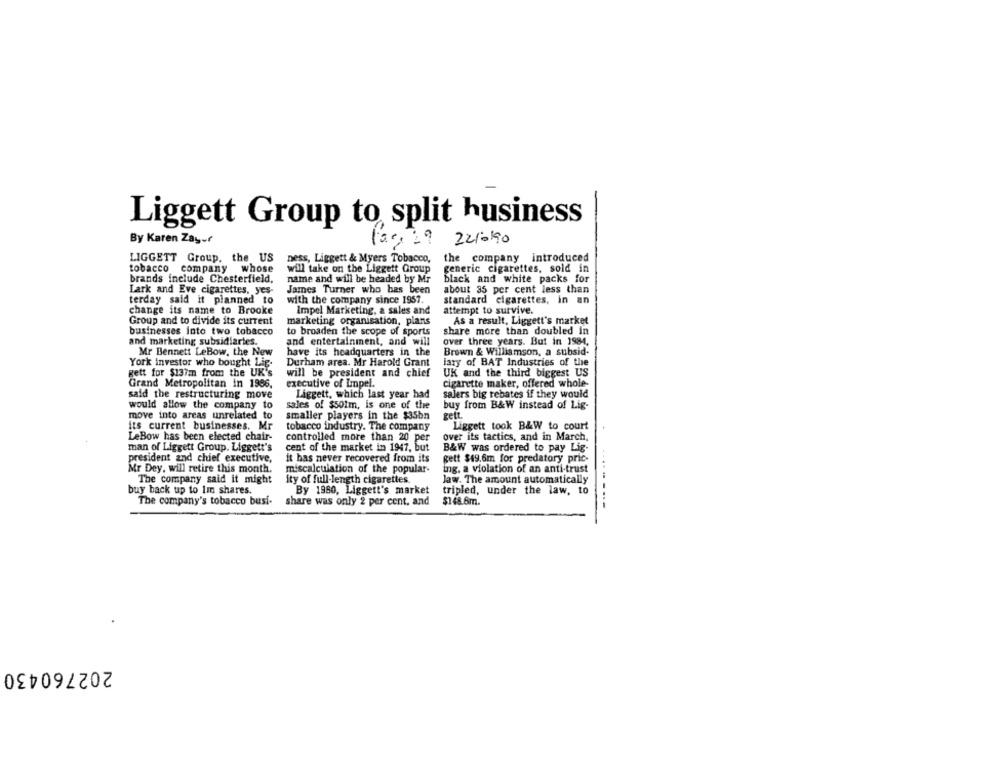
Liggett Group to split husiness
By Karen Zayuf
22/0190
LIGGETT Group, the US
ness, Liggett & Myers Tobacco,
the company introduced
tobacco company whose
will take on the Liggett Group
generic cigarettes, sold in
brands include Chesterfield,
name and will be headed by Mr
black and white packs for
Lark and Eve cigarettes. yes-
James Turner who has been
about 35 per cent less than
terday said it planned to
with the company since 1957.
standard cigarettes, in an
change its name to Brooke
Impel Marketing, a sales and
attempt to survive.
Group and to divide its current
marketing organisation, plans
As a result, Liggett's market
businesses into two tobacco
to broaden the scope of sports
share more than doubled in
and marketing subsidiaries.
and entertainment, and will
over three years. But in 1984,
Mr Bennett LeBow, the New
have its headquarters in the
Brown & Williamson, a subsid-
York investor who bought Lig.
Durham area. Mr Harold Grant
lary of BAT Industries of the
gett for $137m from the UK's
will be president and chief
UK and the third biggest US
Grand Metropolitan in 1986,
executive of Impel.
cigarette maker, offered whole-
said the restructuring move
Liggett, which last year had
salers big rebates if they would
would allow the company to
sales of $501m, is one of the
buy from B&W instead of Lig-
move into areas unrelated to
rett.
smaller players in the $35bn
its current businesses. Mr
tobacco industry. The company
Liggett took B&W to court
LeBow has been elected chair-
controlled more than 20 per
over its tactics, and in March,
man of Liggett Group. Liggett's
cent of the market in 1947, but
B&W was ordered to pay Lig-
president and chief executive,
it has never recovered from its
gett $49.6m for predatory pric-
Mr Dey, will retire this month.
ing. a violation of an anti-trust
miscalculation of the popular-
The company said it might
ity of full-length cigarettes.
Jaw. The amount automatically
buy back up to Im shares.
By 1980, Liggett's market
tripled, under the law, to
The company's tobacco busi-
share was only 2 per cent, and
$148.6m.
202760430